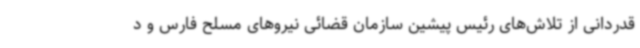
قدردانی از تلاش‌های رئیس پیشین سازمان قضائی نیروهای مسلح فارس و د